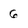
Character: 6